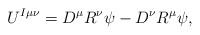
LaTeX: \begin{align*}U^{I\mu \nu }=D^{\mu }R^{\nu }\psi -D^{\nu }R^{\mu }\psi , \end{align*}